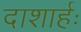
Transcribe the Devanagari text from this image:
दाशार्हः